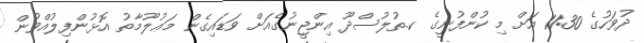
ދުވަހުގެ 11:30 އަށް މި ކުންފުނީގެ ކ.ތުލުސްދޫ އިންޖީނުގެއަށް ވަޑައިގެން މަޢުލޫމާތު އޮޅުންފިލުއްވުން